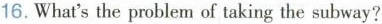
16.What'sthe problem of taking the subway?